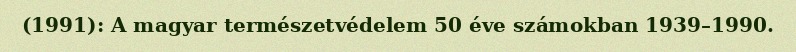
(1991): A magyar természetvédelem 50 éve számokban 1939–1990.